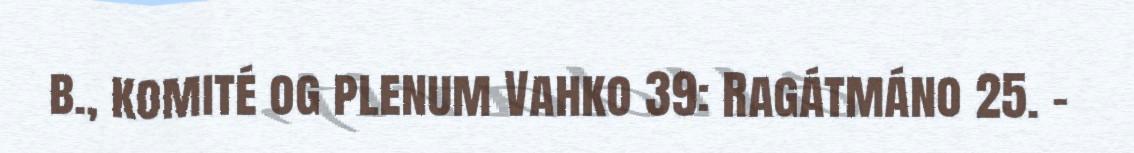
b., komité og plenum Vahko 39: Ragátmáno 25. -